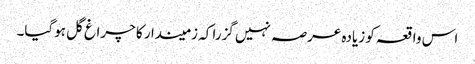
اس واقعہ کو زیادہ عرصہ نہیں گزرا کہ زمیندا ر کا چراغ گل ہوگیا۔